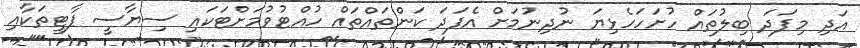
އަދި މިފަދަ ބިލުތައް ހުށަހަހެޅިޔަ ނުދިނުމަށް އެފަދަ ކަންތައްތައް ހުއްޓުވުމަށްޓަކައި ސިޔާސީ ޕާޓީތަކާއި